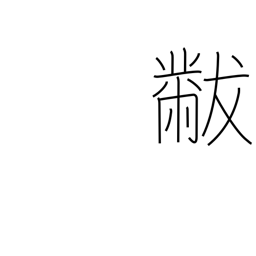
Meaning: lap robe